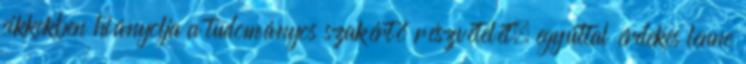
cikkekben hiányolja a tudományos szakértő részvételét, egyúttal érdekes lenne